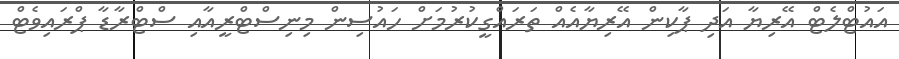
އައުޓްލެޓް އޭރިޔާ އަދި ޕާކިން އޭރިޔާއެއް ތަރައްގީކުރުމަށް ހައުސިން މިނިސްޓްރީއާއި ސްޓްރާޑާ ޕްރައިވެޓް